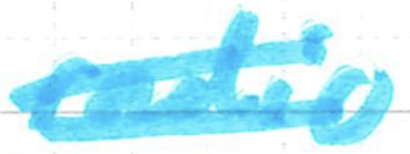
Text: radio
Cross-out: double-line
Writing tool: marker